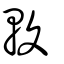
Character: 輹